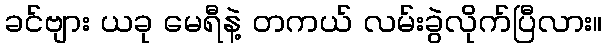
ခင်ဗျား ယခု မေရီနဲ့ တကယ် လမ်းခွဲလိုက်ပြီလား။